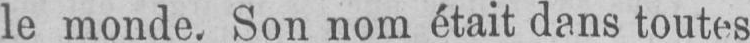
le monde. Son nom était dans toutes